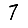
Digit: 7